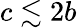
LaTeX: c\lesssim 2b